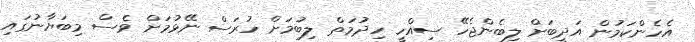
އެހެންކަމުން އަދީބަށް ލިބެންޖެހޭ ސިއްހީ ހިދުމަތް ލިބުމަށް ހުރަސް ނޭޅުމަށް ވެސް މިބަޔާނުގައި